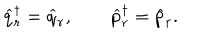
LaTeX: \widehat q _ { r } ^ { \dagger } = \widehat q _ { r } , \qquad \widehat p _ { r } ^ { \dagger } = \widehat p _ { r } .